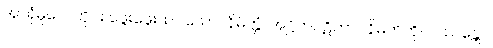
အာရုံမူလေတိုင်း ဖွေးဖွေးထင်သော။ နိမိတ္တံ၊ အဋ္ဌိကပဋိဘာဂနိမိတ်ကို။ ပဿန္တော၊